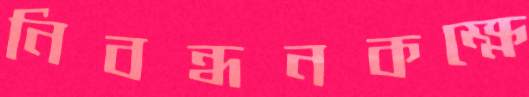
নিবন্ধনকক্ষে